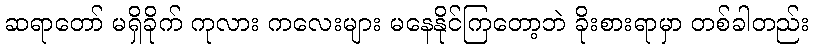
ဆရာတော် မရှိခိုက် ကုလား ကလေးများ မနေနိုင်ကြတော့ဘဲ ခိုးစားရာမှာ တစ်ခါတည်း